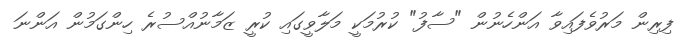
ފިރިން މަރުވެފައިވާ އަންހެނުން "ސާފު" ކުރުމަކީ މަލާވީގައި ކުރީ ޒަމާނުއްސުރެ ހިންގަމުން އަންނަ